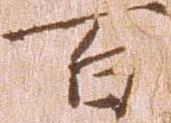
百